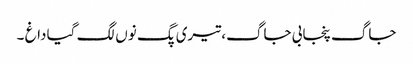
جاگ پنجابی جاگ، تیری پگ نوں‌ لگ گیا داغ‌ ۔